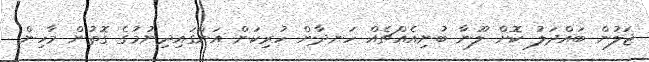
ޖަލުން ބައްދަލު ކޮށް ލޫނާ ބުނިއެއްޗެއް ހަނދާން ހުރިކަން އަންގައިދިނުމުގެ ގޮތުން މާހިން